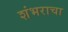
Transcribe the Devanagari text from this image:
शंभराचा